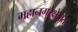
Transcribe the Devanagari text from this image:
महानगरक्षेत्रात